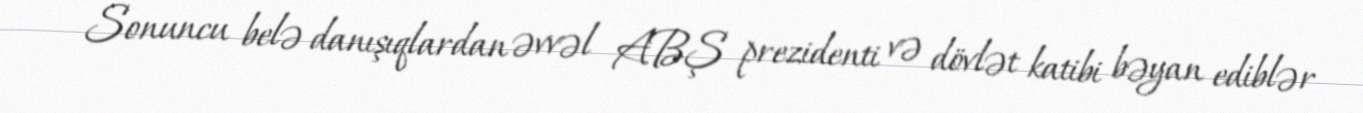
Sonuncu belə danışıqlardan əvvəl ABŞ prezidenti və dövlət katibi bəyan ediblər